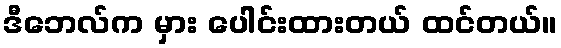
ဒီဘေလ်က မှား ပေါင်းထားတယ် ထင်တယ်။